Civil Veterinary Department Bengal reports 1923-33 - 1923-1933
Year: 1923
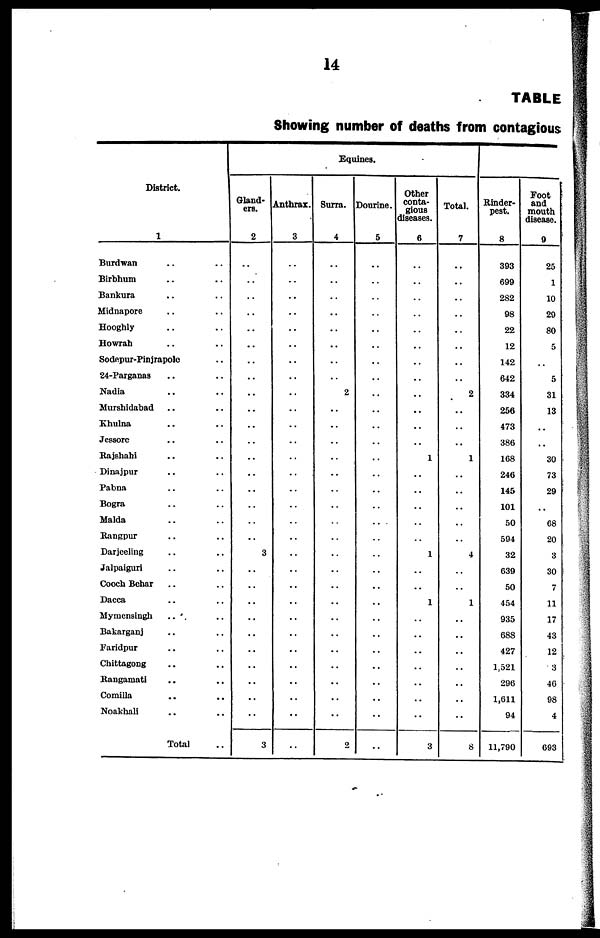
14
TABLE
Showing number of deaths from contagious
District.
1
Burdwan .. ..
Birbhum .. ..
Bankura .. ..
Midnapore .. ..
Hooghly.. ..
Howrah .. ..
Sodepur-Pinjrapole ..
24-Parganas .. ..
Nadia .. ..
Murshldabad .. ..
Khulna .. ..
Jessore .. ..
Rajshahi .. ..
Dinajpur .. ..
Pabna .. ..
Bogra .. ..
Malda .. ..
Rangpur .. ..
Darjeellng .. ..
Jalpaiguri .. ..
Cooch Behar .. ..
Dacca .. ..
Mymcnsingh .. ..
Bakarganj .. ..
Faridpur .. ..
Chittagong .. ..
Rangamati .. ..
Comilla .. ..
Noakhali .. ..
Total ..
Gland-
ere.
2
..
..
..
..
..
..
..
..
..
..
..
..
..
..
..
..
..
..
3
..
..
..
..
..
..
..
..
..
..
3
Anthrax.
3
..
..
..
..
..
..
..
..
..
..
..
..
..
..
..
..
..
..
..
..
..
..
..
..
..
..
..
..
..
..
Equines.
Surra.
4
..
..
..
..
..
..
..
..
2
..
..
..
..
..
..
..
..
..
..
..
..
..
..
..
..
..
..
..
..
2
Dourine.
5
..
..
..
..
..
..
..
..
..
..
..
..
..
..
..
..
..
..
..
..
..
..
..
..
..
..
..
..
..
..
Other
conta-
gious
diseases.
6
..
..
..
..
..
..
..
..
..
..
..
..
1
..
..
..
..
..
1
..
..
1
..
..
..
..
..
..
..
3
Total.
7
..
..
..
..
..
..
..
..
2
..
..
..
1
..
..
..
..
..
4
..
..
1
..
..
..
..
..
..
..
8
Rinder-
pest.
8
303
699
282
98
22
12
142
642
334
256
473
386
168
246
145
101
50
594
32
639
50
454
935
688
427
1,521
296
1,611
94
11,790
Foot
and
mouth
disease.
9
25
1
10
29
80
5
..
5
31
13
..
..
30
73
29
..
68
20
3
30
7
11
17
43
12
3
40
98
4
693